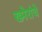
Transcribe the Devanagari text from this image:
ख्मेरांचे